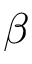
\beta